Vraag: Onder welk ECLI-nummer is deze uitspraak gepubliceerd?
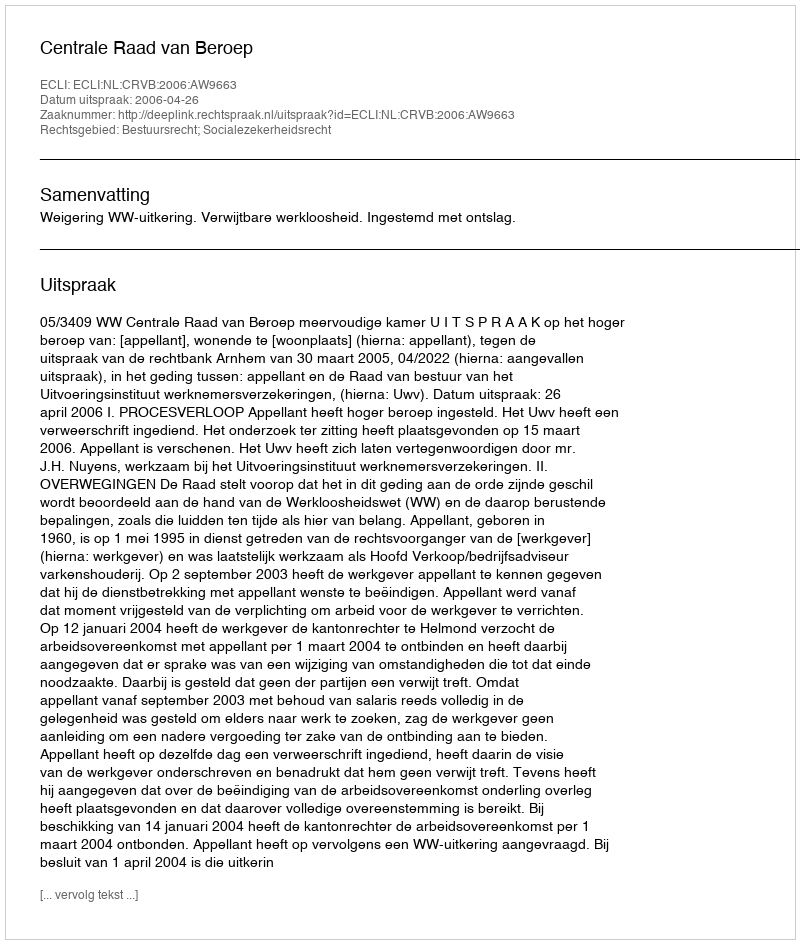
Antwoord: ECLI:NL:CRVB:2006:AW9663